Report of the King Institute of Preventive Medicine, Guindy
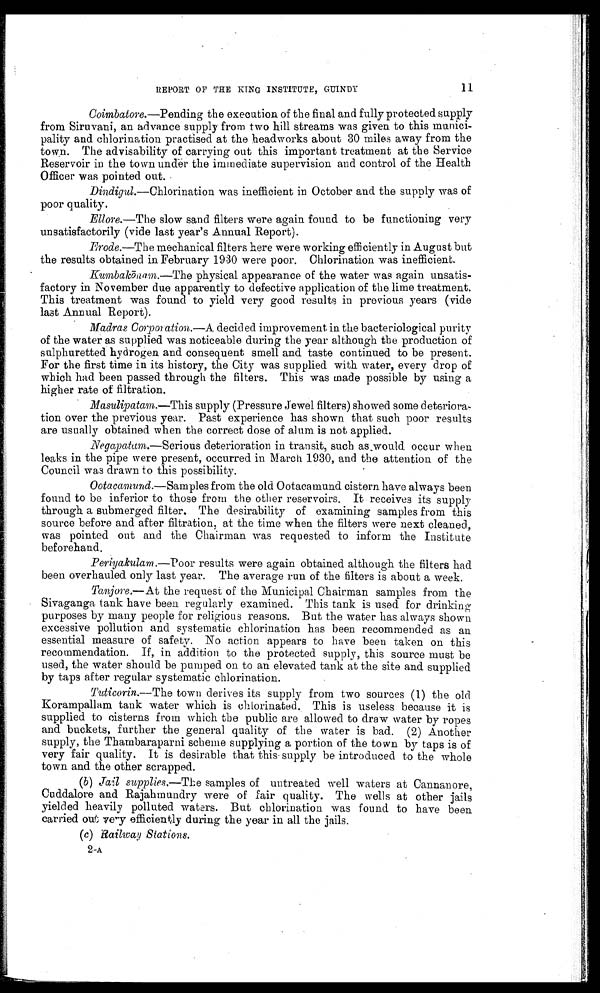
11
REPORT OF THE KING INSTITUTE, GUINDY
Coimbatore .—Pending the execution of the final and fully protected supply
from Siruvani, an advance supply from two hill streams was given to this munici--
pality and chlorination practised at the headworks about 30 miles away from the
town. The advisability of carrying out this important treatment at the Service
Reservoir in the town under the immediate supervision and control of the Health
Officer was pointed out.
Dindigul .—Chlorination was inefficient in October and the supply was of
poor quality.
Ellore.—The slow sand filters were again found to be functioning very
unsatisfactorily (vide last year's Annual Report).
Erode .—The mechanical filters here were working efficiently in August but
the results obtained in February 1930 were poor. Chlorination was inefficient.
Kumbakōnam .—The physical appearance of the water was again unsatis--
factory in November due apparently to defective application of the lime treatment.
This treatment was found to yield very good results in previous years (vide
last Annual Report).
Madras Corporation .—A decided improvement in the bacteriological purity
of the water as supplied was noticeable during the year although the production of
sulphuretted hydrogen and consequent smell and taste continued to be present.
For the first time in its history, the City was supplied with water, every drop of
which had been passed through the filters. This was made possible by using a
higher rate of filtration.
Masulipatam .—This supply (Pressure Jewel filters) showed some deteriora-
-tion over the previous year. Past experience has shown that such poor results
are usually obtained when the correct dose of alum is not applied.
Negapatam.—Serious deterioration in transit, such as would occur when
leaks in the pipe were present, occurred in March 1930, and the attention of the
Council was drawn to this possibility.
Ootacamund .—Samples from the old Ootacamund cistern have always been
found to be inferior to those from the other reservoirs. It receives its supply
through a submerged filter. The desirability of examining samples from this
source before and after filtration, at the time when the filters were next cleaned,
was pointed out and the Chairman was requested to inform the Institute
beforehand.
Periyakulam .—Poor results were again obtained although the filters had
been overhauled only last year. The average run of the filters is about a week.
Tanjore .— At the request of the Municipal Chairman samples from the
Sivaganga tank have been regularly examined. This tank is used for drinking
purposes by many people for religious reasons. But the water has always shown
excessive pollution and systematic chlorination has been recommended as an
essential measure of safety. No action appears to have been taken on this
recommendation. If, in addition to the protected supply, this source must be
used, the water should be pumped on to an elevated tank at the site and supplied
by taps after regular systematic chlorination.
Tuticorin .—The town derives its supply from two sources (1) the old
Korampallam tank water which is chlorinated. This is useless because it is
supplied to cisterns from which the public are allowed to draw water by ropes
and buckets, further the general quality of the water is bad. (2) Another
supply, the Thambaraparni scheme supplying a portion of the town by taps is of
very fair quality. It is desirable that this supply be introduced to the whole
town and the other scrapped.
(b ) Jail supplies .—The samples of untreated well waters at Cannanore,
Cuddalore and Rajahmundry were of fair quality. The wells at other jails
yielded heavily polluted waters. But chlorination was found to have been
carried out very efficiently during the year in all the jails.
( c) Railway Stations.
2-A
2-A